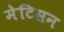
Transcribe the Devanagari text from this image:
मेटिसन